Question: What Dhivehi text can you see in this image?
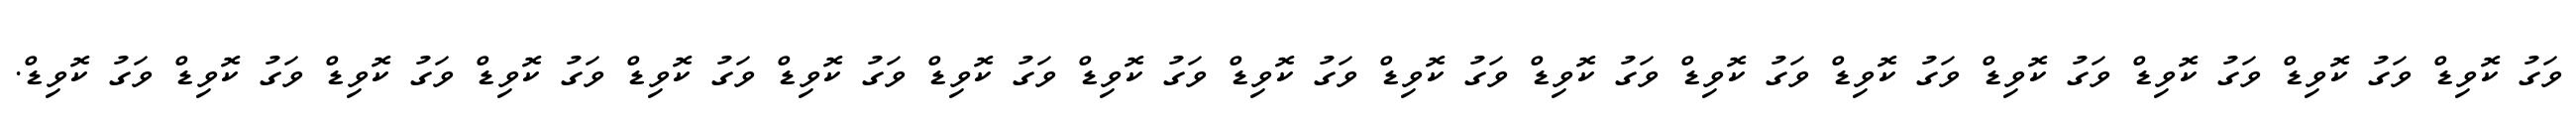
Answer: ވަގު ކޮވިޑް ވަގު ކޮވިޑް ވަގު ކޮވިޑް ވަގު ކޮވިޑް ވަގު ކޮވިޑް ވަގު ކޮވިޑް ވަގު ކޮވިޑް ވަގު ކޮވިޑް ވަގު ކޮވިޑް ވަގު ކޮވިޑް ވަގު ކޮވިޑް ވަގު ކޮވިޑް ވަގު ކޮވިޑް ވަގު ކޮވިޑް ވަގު ކޮވިޑް ވަގު ކޮވިޑް ވަގު ކޮވިޑް.